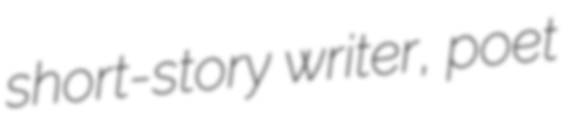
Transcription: short-story writer, poet